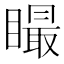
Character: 𥊴